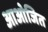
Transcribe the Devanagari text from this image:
आओजित